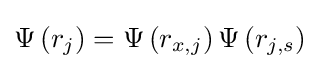
\Psi \left(r_{j}\right)=\Psi \left(r_{x,j}\right)\Psi \left(r_{j,s}\right)